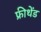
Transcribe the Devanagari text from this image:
फ्रीथेंड